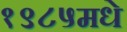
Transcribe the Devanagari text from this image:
१९८५मधे